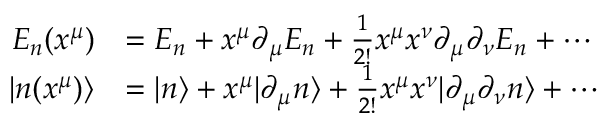
{ \begin{array} { r l } { E _ { n } ( x ^ { \mu } ) } & { = E _ { n } + x ^ { \mu } \partial _ { \mu } E _ { n } + { \frac { 1 } { 2 ! } } x ^ { \mu } x ^ { \nu } \partial _ { \mu } \partial _ { \nu } E _ { n } + \cdots } \\ { \left| n ( x ^ { \mu } ) \right\rangle } & { = | n \rangle + x ^ { \mu } | \partial _ { \mu } n \rangle + { \frac { 1 } { 2 ! } } x ^ { \mu } x ^ { \nu } | \partial _ { \mu } \partial _ { \nu } n \rangle + \cdots } \end{array} }